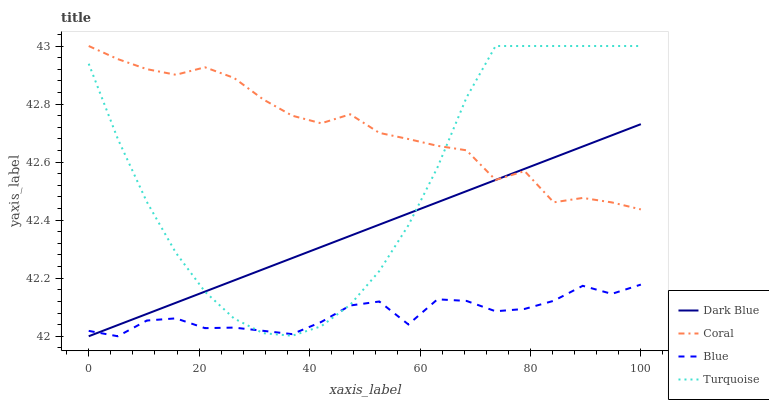
| xaxis_label | Dark Blue | Coral | Blue | Turquoise |
 | --- | --- | --- | --- | --- |
 | 0 | 42 | 43 | 42 | 42.9 |
 | 5.26 | 42 | 43 | 42 | 42.7 |
 | 10.5 | 42.1 | 42.9 | 42.1 | 42.5 |
 | 15.8 | 42.1 | 42.9 | 42.1 | 42.3 |
 | 21.1 | 42.2 | 42.9 | 42 | 42.2 |
 | 26.3 | 42.2 | 42.9 | 42 | 42.1 |
 | 31.6 | 42.2 | 42.8 | 42 | 42 |
 | 36.8 | 42.3 | 42.8 | 42 | 42 |
 | 42.1 | 42.3 | 42.7 | 42 | 42 |
 | 47.4 | 42.3 | 42.8 | 42.1 | 42.1 |
 | 52.6 | 42.4 | 42.7 | 42.1 | 42.2 |
 | 57.9 | 42.4 | 42.7 | 42 | 42.4 |
 | 63.2 | 42.5 | 42.7 | 42.1 | 42.6 |
 | 68.4 | 42.5 | 42.6 | 42.1 | 42.8 |
 | 73.7 | 42.5 | 42.5 | 42.1 | 43 |
 | 78.9 | 42.6 | 42.6 | 42.1 | 43 |
 | 84.2 | 42.6 | 42.5 | 42.1 | 43 |
 | 89.5 | 42.7 | 42.5 | 42.2 | 43 |
 | 94.7 | 42.7 | 42.5 | 42.1 | 43 |
 | 100 | 42.7 | 42.4 | 42.2 | 43 |